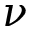
\nu